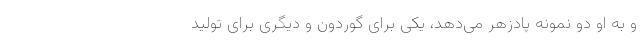
و به او دو نمونه پادزهر می‌دهد، یکی برای گوردون و دیگری برای تولید